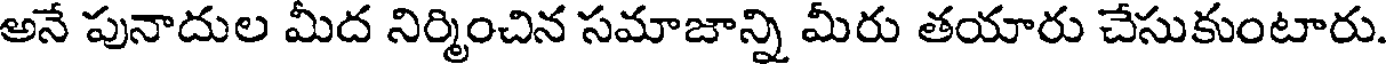
అనే పునాదుల మీద నిర్మించిన సమాజాన్ని మీరు తయారు చేసుకుంటారు.